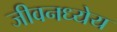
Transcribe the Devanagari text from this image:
जीवनध्येय